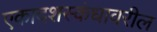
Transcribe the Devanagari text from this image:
एकादशस्कंधावरील